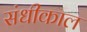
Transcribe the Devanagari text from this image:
संधीकाल